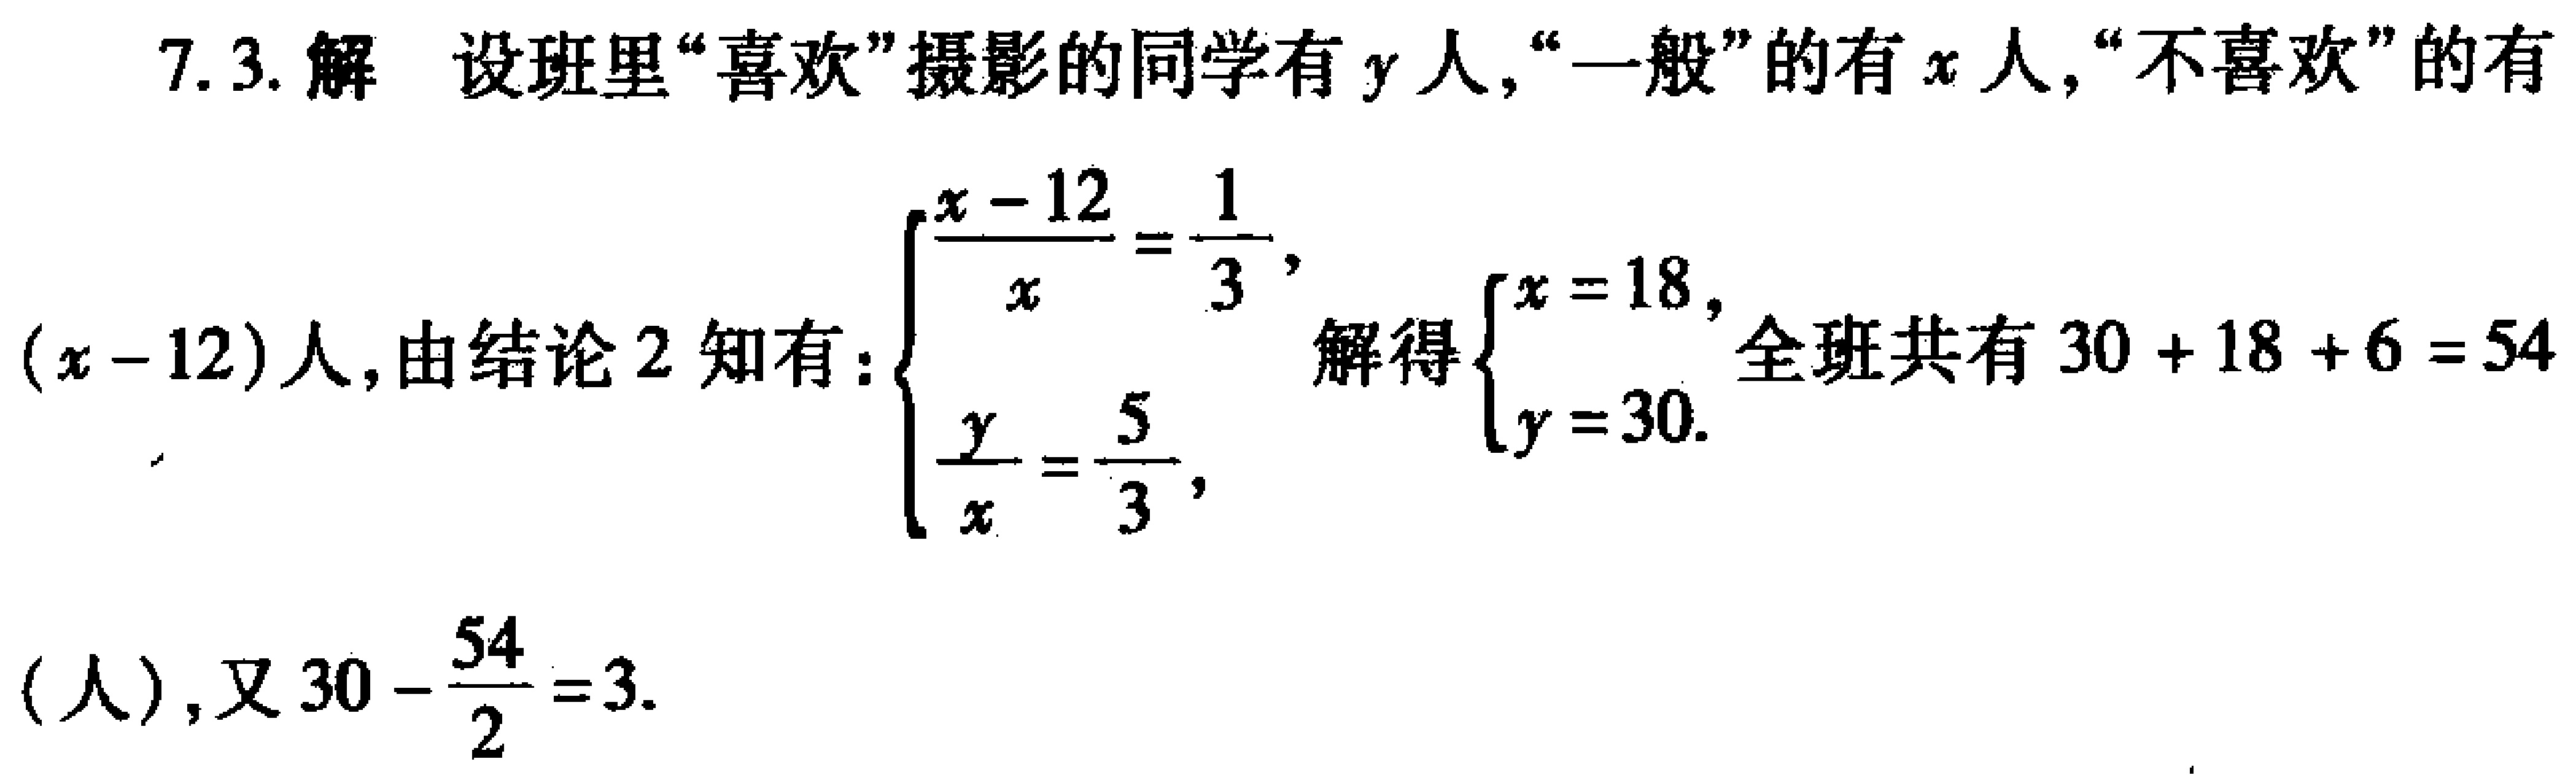
7.3. 解 设班里“喜欢”摄影的同学有\(y\)人,“一般”的有\(x\)人,“不喜欢”的有\((x - 12)\)人, 由结论 2 知有:

\(\begin{cases}

\frac{x - 12}{x} = \frac{1}{3}, \\

\frac{y}{x} = \frac{5}{3},

\end{cases}\) 解得\(\begin{cases}

x = 18, \\

y = 30.

\end{cases}\) 全班共有 \(30 + 18 + 6 = 54\) (人), 又 \(30 - \frac{54}{2} = 3\).